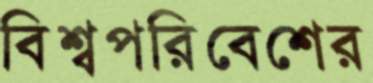
বিশ্বপরিবেশের